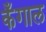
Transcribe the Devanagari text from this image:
कँगाल